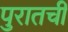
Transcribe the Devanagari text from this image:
पुरातची